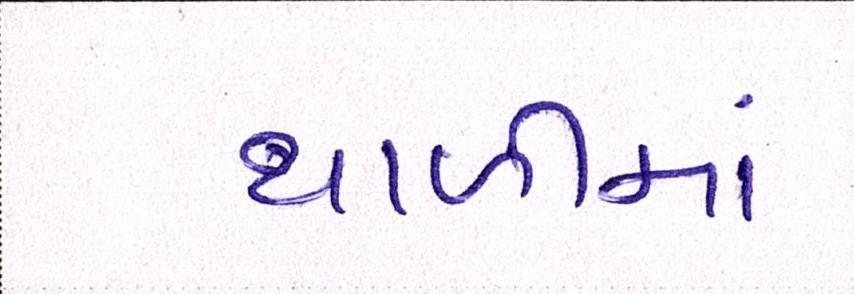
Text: થાળીમાં